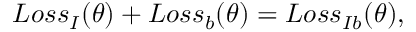
\begin{array} { r } { L o s s _ { I } ( \theta ) + L o s s _ { b } ( \theta ) = L o s s _ { I b } ( \theta ) , } \end{array}